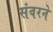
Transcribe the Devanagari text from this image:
संवरने